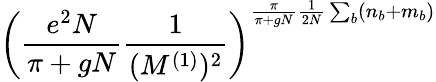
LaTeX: \left(\frac{e^{2}N}{\pi+gN}\frac{1}{(M^{(1)})^{2}}\right)^{\frac{\pi}{\pi+gN}\frac{1}{2N}\sum_{b}(n_{b}+m_{b})}